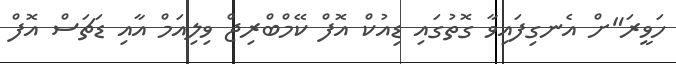
ހަވީރަ"ށް އެނގިފައިވާ ގޮތުގައި ޑިއުކް އޮފް ކޭމްބްރިޖް ވިލިއަމް އާއި ޑަޗަސް އޮފް